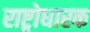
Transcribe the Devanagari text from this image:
राष्ट्रोधारक